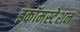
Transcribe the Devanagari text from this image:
इकॉमस्टेशन